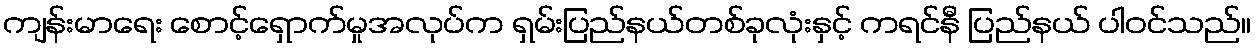
ကျန်းမာရေး စောင့်ရှောက်မှုအလုပ်က ရှမ်းပြည်နယ်တစ်ခုလုံးနှင့် ကရင်နီ ပြည်နယ် ပါဝင်သည်။